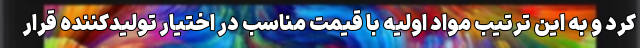
کرد و به این ترتیب مواد اولیه با قیمت مناسب در اختیار تولیدکننده قرار